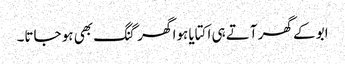
ابو کے گھر آتے ہی اکتایا ہوا گھر گنگ بھی ہو جاتا۔